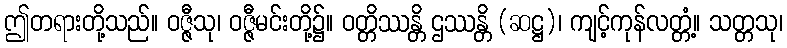
ဤတရားတို့သည်။ ဝဇ္ဇီသု၊ ဝဇ္ဇီမင်းတို့၌။ ဝတ္တိဿန္တိ ဌဿန္တိ (ဆဋ္ဌ)၊ ကျင့်ကုန်လတ္တံ့။ သတ္တသု၊